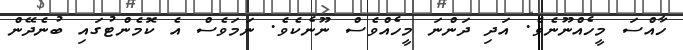
ހާއްސަ މީހެއްނޫނެވެ. އަދި ދަންނަ މީހެއްވެސް ނޫނެކެވެ. ނަމަވެސް އެ ކޮމެންޓުގައި ބުނެދޭން